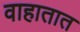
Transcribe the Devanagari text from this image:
वाहातात